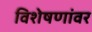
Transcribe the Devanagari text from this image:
विशेषणांवर